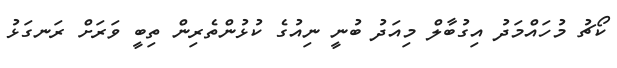
ކޯޗު މުހައްމަދު އިގުބާލް މިއަދު ބުނީ ނިއުގެ ކުޅުންތެރިން ތިބީ ވަރަށް ރަނގަޅު